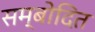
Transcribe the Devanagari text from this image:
सम्बोदित